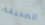
الصحيفة